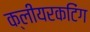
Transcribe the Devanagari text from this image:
क्लीयरकटिंग